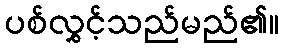
ပစ်လွှင့်သည်မည်၏။